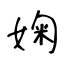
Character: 婅